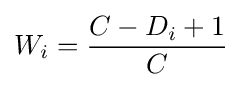
W_{i}={\frac {C-D_{i}+1}{C}}